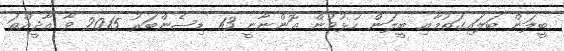
ބީލަން ބަލައިގަތުމާއި ބީލަން ހުޅުވުން އޮންނާނީ 13 ޑިސެންބަރު 2015 ވާ އާދީއްތަ